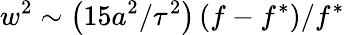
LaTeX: w^{2}\sim\left(15a^{2}/\tau^{2}\right)\left(f-f^{\ast}\right)/f^{\ast}